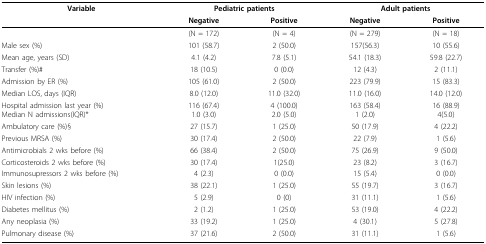
<table><thead><tr><td><b>Variable</b></td><td colspan="2"><b>Pediatric patients</b></td><td colspan="2"><b>Adult patients</b></td></tr><tr><td></td><td><b>Negative</b></td><td><b>Positive</b></td><td><b>Negative</b></td><td><b>Positive</b></td></tr></thead><tbody><tr><td></td><td>(N = 172)</td><td>(N = 4)</td><td>(N = 279)</td><td>(N = 18)</td></tr><tr><td>Male sex (%)</td><td>101 (58.7)</td><td>2 (50.0)</td><td>157(56.3)</td><td>10 (55.6)</td></tr><tr><td>Mean age, years (SD)</td><td>4.1 (4.2)</td><td>7.8 (5.1)</td><td>54.1 (18.3)</td><td>59.8 (22.7)</td></tr><tr><td>Transfer (%)#</td><td>18 (10.5)</td><td>0 (0.0)</td><td>12 (4.3)</td><td>2 (11.1)</td></tr><tr><td>Admission by ER (%)</td><td>105 (61.0)</td><td>2 (50.0)</td><td>223 (79.9)</td><td>15 (83.3)</td></tr><tr><td>Median LOS, days (IQR)</td><td>8.0 (12.0)</td><td>11.0 (32.0)</td><td>11.0 (16.0)</td><td>14.0 (12.0)</td></tr><tr><td>Hospital admission last year (%)Median N admissions(IQR)*</td><td>116 (67.4)1.0 (3.0)</td><td>4 (100.0)2.0 (5.0)</td><td>163 (58.4)1 (2.0)</td><td>16 (88.9)4(5.0)</td></tr><tr><td>Ambulatory care (%)§</td><td>27 (15.7)</td><td>1 (25.0)</td><td>50 (17.9)</td><td>4 (22.2)</td></tr><tr><td>Previous MRSA (%)</td><td>30 (17.4)</td><td>2 (50.0)</td><td>22 (7.9)</td><td>1 (5.6)</td></tr><tr><td>Antimicrobials 2 wks before (%)</td><td>66 (38.4)</td><td>2 (50.0)</td><td>75 (26.9)</td><td>9 (50.0)</td></tr><tr><td>Corticosteroids 2 wks before (%)</td><td>30 (17.4)</td><td>1(25.0)</td><td>23 (8.2)</td><td>3 (16.7)</td></tr><tr><td>Immunosupressors 2 wks before (%)</td><td>4 (2.3)</td><td>0 (0.0)</td><td>15 (5.4)</td><td>0 (0.0)</td></tr><tr><td>Skin lesions (%)</td><td>38 (22.1)</td><td>1 (25.0)</td><td>55 (19.7)</td><td>3 (16.7)</td></tr><tr><td>HIV infection (%)</td><td>5 (2.9)</td><td>0 (0)</td><td>31 (11.1)</td><td>1 (5.6)</td></tr><tr><td>Diabetes mellitus (%)</td><td>2 (1.2)</td><td>1 (25.0)</td><td>53 (19.0)</td><td>4 (22.2)</td></tr><tr><td>Any neoplasia (%)</td><td>33 (19.2)</td><td>1 (25.0)</td><td>4 (30.1)</td><td>5 (27.8)</td></tr><tr><td>Pulmonary disease (%)</td><td>37 (21.6)</td><td>2 (50.0)</td><td>31 (11.1)</td><td>1 (5.6)</td></tr></tbody></table>